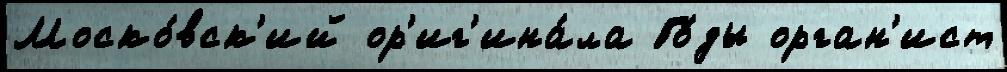
Моско́вск'ий ор'иг'ина́ла Го́ды орган'ист